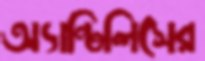
অ্যান্টিলিসের